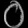
Digit: ၀